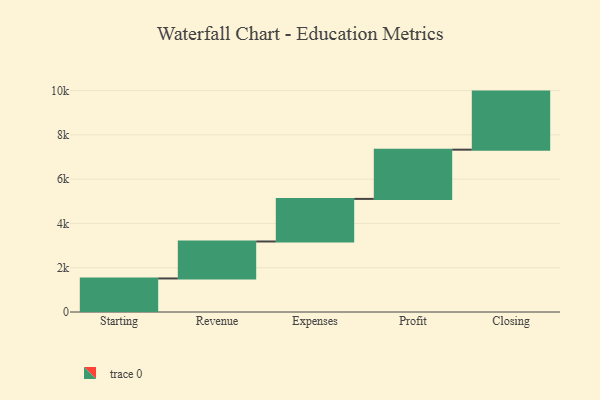
{"axis": {"x": "Step", "y": "Value"}, "legend": [""], "data": [{"x": "Starting", "y": 1515.0, "type": ""}, {"x": "Revenue", "y": 1670.0, "type": ""}, {"x": "Expenses", "y": 1923.0, "type": ""}, {"x": "Profit", "y": 2224.0, "type": ""}, {"x": "Closing", "y": 2622.0, "type": ""}]}